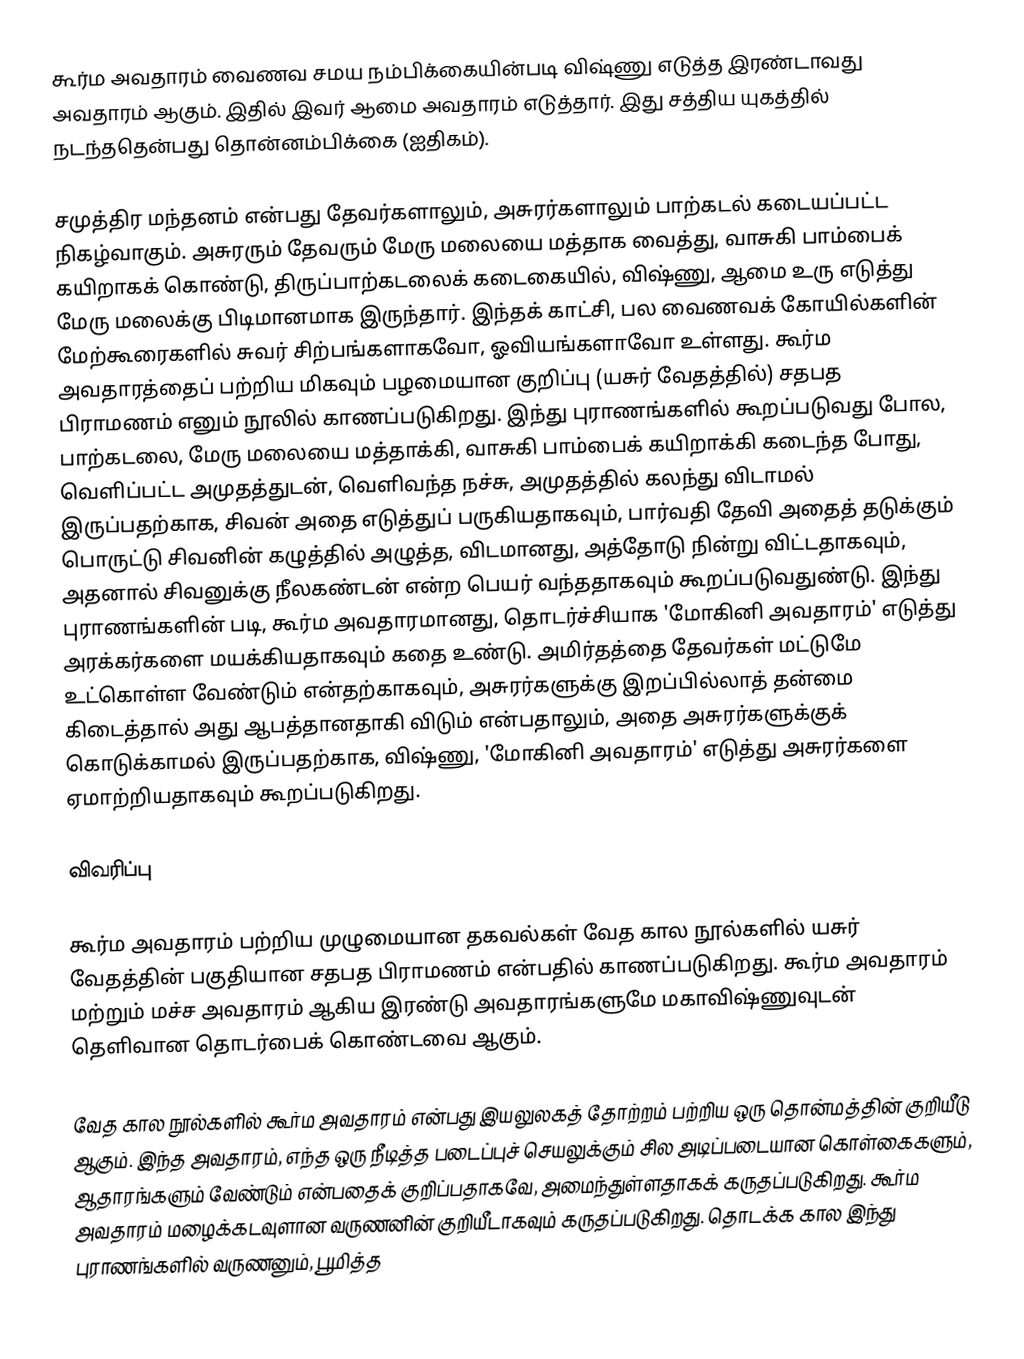
கூர்ம அவதாரம் வைணவ சமய நம்பிக்கையின்படி விஷ்ணு  எடுத்த இரண்டாவது அவதாரம் ஆகும். இதில் இவர் ஆமை அவதாரம் எடுத்தார். இது சத்திய யுகத்தில் நடந்ததென்பது தொன்னம்பிக்கை (ஐதிகம்).

சமுத்திர மந்தனம் என்பது தேவர்களாலும், அசுரர்களாலும் பாற்கடல் கடையப்பட்ட நிகழ்வாகும். அசுரரும் தேவரும் மேரு மலையை மத்தாக வைத்து, வாசுகி பாம்பைக் கயிறாகக் கொண்டு, திருப்பாற்கடலைக் கடைகையில், விஷ்ணு, ஆமை உரு எடுத்து மேரு மலைக்கு பிடிமானமாக இருந்தார். இந்தக் காட்சி, பல வைணவக் கோயில்களின் மேற்கூரைகளில் சுவர் சிற்பங்களாகவோ, ஓவியங்களாவோ உள்ளது. கூர்ம அவதாரத்தைப் பற்றிய மிகவும் பழமையான குறிப்பு (யசுர் வேதத்தில்) சதபத பிராமணம் எனும் நூலில் காணப்படுகிறது. இந்து புராணங்களில் கூறப்படுவது போல, பாற்கடலை, மேரு மலையை மத்தாக்கி, வாசுகி பாம்பைக் கயிறாக்கி கடைந்த போது, வெளிப்பட்ட அமுதத்துடன், வெளிவந்த நச்சு, அமுதத்தில் கலந்து விடாமல் இருப்பதற்காக, சிவன் அதை எடுத்துப் பருகியதாகவும், பார்வதி தேவி அதைத் தடுக்கும் பொருட்டு சிவனின் கழுத்தில் அழுத்த, விடமானது, அத்தோடு நின்று விட்டதாகவும், அதனால் சிவனுக்கு நீலகண்டன் என்ற பெயர் வந்ததாகவும் கூறப்படுவதுண்டு. இந்து புராணங்களின் படி, கூர்ம அவதாரமானது, தொடர்ச்சியாக 'மோகினி அவதாரம்' எடுத்து அரக்கர்களை மயக்கியதாகவும் கதை உண்டு. அமிர்தத்தை தேவர்கள் மட்டுமே உட்கொள்ள வேண்டும் என்தற்காகவும், அசுரர்களுக்கு இறப்பில்லாத் தன்மை கிடைத்தால் அது ஆபத்தானதாகி விடும் என்பதாலும், அதை அசுரர்களுக்குக் கொடுக்காமல் இருப்பதற்காக, விஷ்ணு, 'மோகினி அவதாரம்' எடுத்து அசுரர்களை ஏமாற்றியதாகவும் கூறப்படுகிறது.

விவரிப்பு

கூர்ம அவதாரம் பற்றிய முழுமையான தகவல்கள் வேத கால நூல்களில் யசுர் வேதத்தின் பகுதியான சதபத பிராமணம் என்பதில் காணப்படுகிறது. கூர்ம அவதாரம் மற்றும் மச்ச அவதாரம் ஆகிய இரண்டு அவதாரங்களுமே மகாவிஷ்ணுவுடன் தெளிவான தொடர்பைக் கொண்டவை ஆகும்.

வேத கால நூல்களில் கூர்ம அவதாரம் என்பது இயலுலகத் தோற்றம் பற்றிய ஒரு தொன்மத்தின் குறியீடு ஆகும். இந்த அவதாரம், எந்த ஒரு நீடித்த படைப்புச் செயலுக்கும் சில அடிப்படையான கொள்கைகளும், ஆதாரங்களும் வேண்டும் என்பதைக் குறிப்பதாகவே, அமைந்துள்ளதாகக் கருதப்படுகிறது. கூர்ம அவதாரம் மழைக்கடவுளான வருணனின் குறியீடாகவும் கருதப்படுகிறது. தொடக்க கால இந்து புராணங்களில் வருணனும், பூமித்த